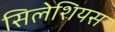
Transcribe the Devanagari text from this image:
सिलेशियस